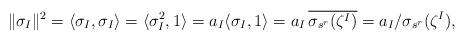
LaTeX: \begin{align*}\| \sigma_I \|^2 = \langle \sigma_I,\sigma_I \rangle = \langle \sigma_I^2, 1 \rangle = a_I \langle \sigma_I, 1 \rangle = a_I \, \overline{\sigma_{s^r}(\zeta^I)} = a_I/\sigma_{s^r}(\zeta^I),\end{align*}